Code of medical and sanitary regulations for the guidance of medical officers serving in the Madras Presidency - Volume II
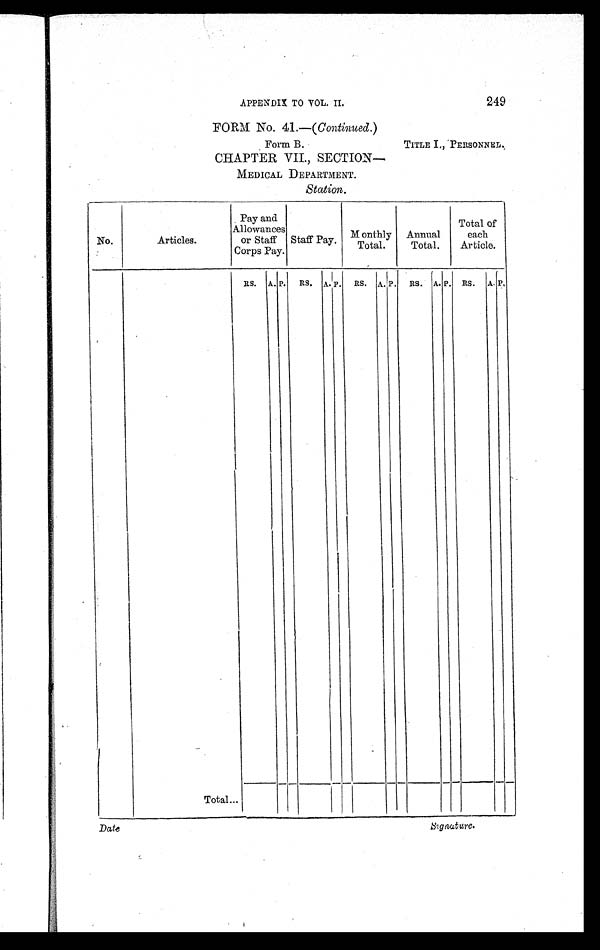
APPENDIX TO VOL. II.
249
FORM No. 41.—( Continued. )
Form B. TITLE I., PERSONNEL.
CHAPTER VII., SECTION—
MEDICAL DEPARTMENT.
Station.
No.
Articles.
Pay and
Allowances
or Staff
Corps Pay.
Staff Pay. Monthly
Total.
Annual
Total.
Total of
each
Article.
RS. A. P. RS. A. P. RS. A. P. RS. A. P. RS. A. P.
Total...
Date
Signature.